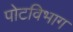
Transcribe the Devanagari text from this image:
पोटविभाग